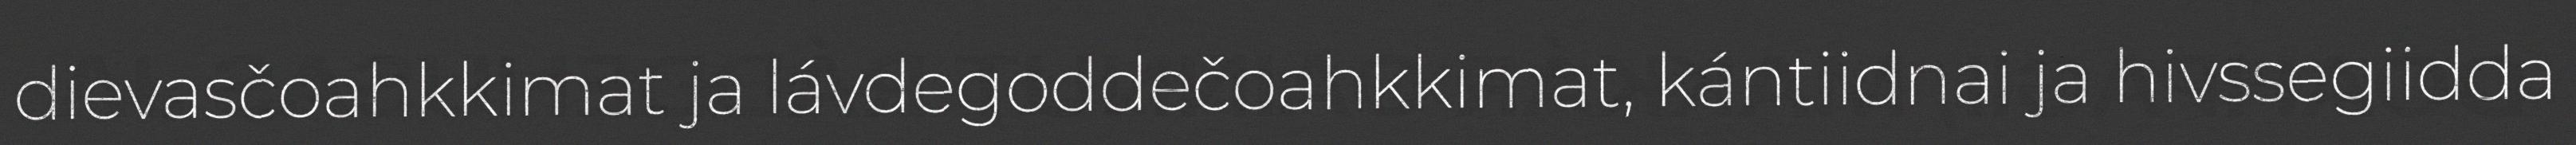
dievasčoahkkimat ja lávdegoddečoahkkimat, kántiidnai ja hivssegiidda